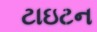
ટાઇટન